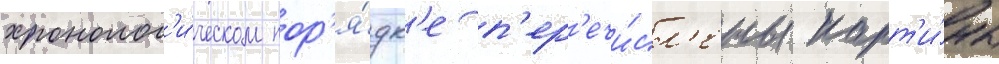
хронолог'и́ческом пор'я́дк'е п'ер'ечи́сл'ены карт'и́ны